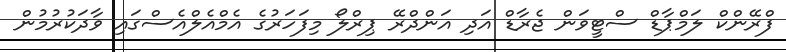
ފްރޭންކް ލަމްޕާޑް ސްޓީވަން ޖެރާޑް އަދި އަންދްރޭ ޕިރްލޯ މިފަހަރުގެ އެމްއެލްއެސްގައި ވާދަކުރުމުން